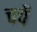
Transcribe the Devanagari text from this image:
चचें